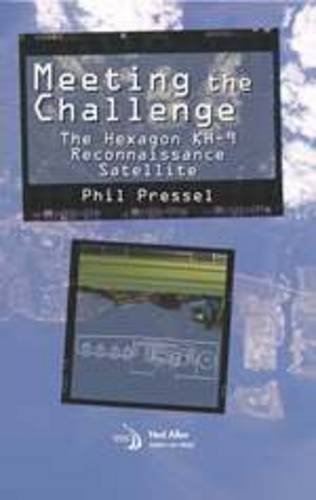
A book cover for Meeting the Challenge: The Hexagon KH-9 Reconnaissance Satellite (Library of Flight); Philip Pressel; Engineering & Transportation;